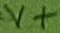
Text: V+